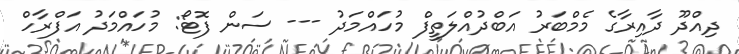
ދިއްދޫ ދާއިރާގެ މެމްބަރު އަބްދުއްލަތީފް މުހައްމަދު --- ސަން ފޮޓޯ: މުހައްމަދު އަފްރާހް